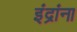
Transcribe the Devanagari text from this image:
इंद्रांना